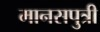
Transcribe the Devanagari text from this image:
मानसपुत्री